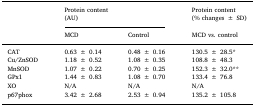
<table><thead><tr><td rowspan="2"></td><td colspan="2"><b>Protein content(AU)</b></td><td><b>Protein content(% changes ± SD)</b></td></tr><tr><td><b>MCD</b></td><td><b>Control</b></td><td><b>MCD vs. control</b></td></tr></thead><tbody><tr><td>CAT</td><td>0.63 ± 0.14</td><td>0.48 ± 0.16</td><td>130.5 ± 28.5*</td></tr><tr><td>Cu/ZnSOD</td><td>1.18 ± 0.52</td><td>1.08 ± 0.35</td><td>108.8 ± 48.3</td></tr><tr><td>MnSOD</td><td>1.07 ± 0.22</td><td>0.70 ± 0.25</td><td>152.3 ± 32.0**</td></tr><tr><td>GPx1</td><td>1.44 ± 0.83</td><td>1.08 ± 0.70</td><td>133.4 ± 76.8</td></tr><tr><td>XO</td><td>N/A</td><td>N/A</td><td>N/A</td></tr><tr><td>p67phox</td><td>3.42 ± 2.68</td><td>2.53 ± 0.94</td><td>135.2 ± 105.8</td></tr></tbody></table>